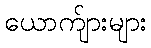
ယောက်ျားများ